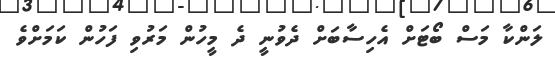
ލަންކާ މަސް ބޯޓަށް އެހިސާބަށް ދެވުނީ ދެ މީހުން މަރުވި ފަހުން ކަމަށްވެ